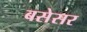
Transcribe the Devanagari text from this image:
बसेसर